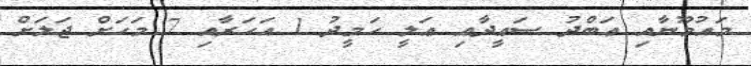
މައުމޫނާއި ޢަބްދު ސަޢީދާއި ޢަލީ ޙަމީދު 1 އަހަރާއި 7 މަހަށް ޖަލަށް